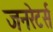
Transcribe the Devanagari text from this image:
जनरेटर्स